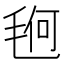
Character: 𰚚